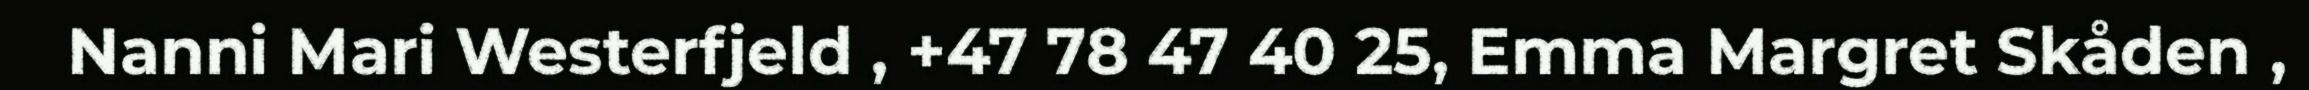
Nanni Mari Westerfjeld , +47 78 47 40 25, Emma Margret Skåden ,